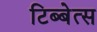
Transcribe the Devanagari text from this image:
टिब्बेत्स